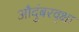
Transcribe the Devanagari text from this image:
औदुंबरवृक्षा